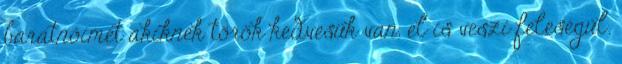
barátnőimet akiknek török kedvesük van, el is veszi feleségűl.